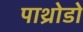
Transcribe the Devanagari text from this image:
पाथ्रोडो